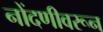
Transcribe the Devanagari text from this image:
नोंदणीवरून